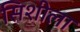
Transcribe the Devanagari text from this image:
सिशीला